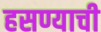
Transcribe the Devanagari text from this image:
हसण्याची